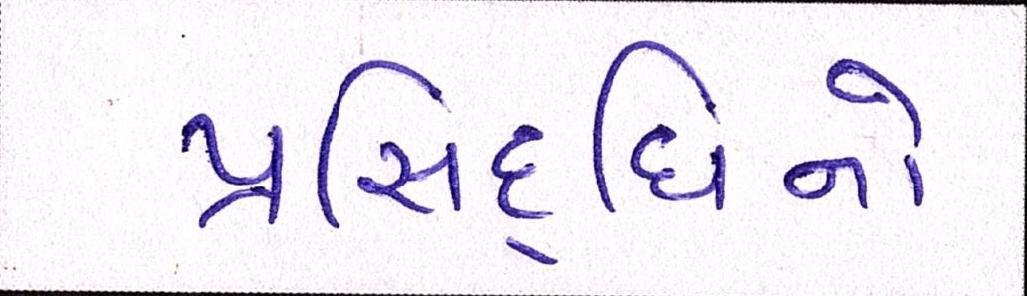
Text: પ્રસિદ્ધિનો